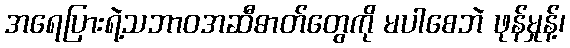
အရေပြားရဲ့သဘာဝအဆီဓာတ်တွေကို မပါစေဘဲ ဖုန်မှုန့်၊